Problem: 10 × 4 = ?
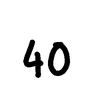
Handwritten answer: 40